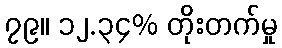
၇၉။ ၁၂.၃၄% တိုးတက်မှု